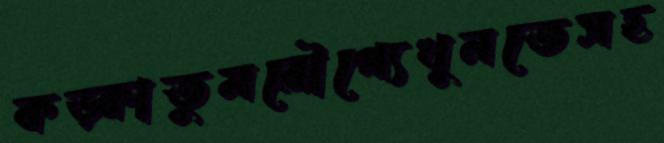
কড়্‌কাতুমরৌপ্যেখুনতেসহ